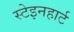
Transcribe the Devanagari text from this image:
स्टेइनहार्ट